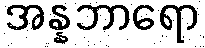
အန္နဘာရော